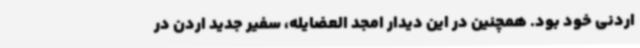
اردنی خود بود. همچنین در این دیدار امجد العضایله، سفیر جدید اردن در